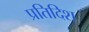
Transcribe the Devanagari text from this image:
प्रतिदिश